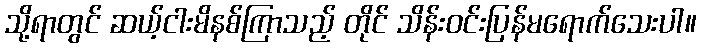
သို့ရာတွင် ဆယ့်ငါးမိနစ်ကြာသည့် တိုင် သိန်းဝင်းပြန်မရောက်သေးပါ။